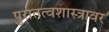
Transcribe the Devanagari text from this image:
पुरातत्वशास्त्रावर